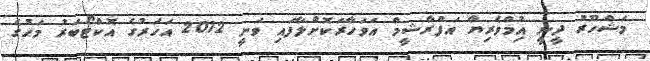
މަޝްހޫރު ދީނީ އިުމްވެރިޔާ އަފްރާޝީމް އަވަހާރަކޮށްލާފައި ވަނީ 2012 އަހަރުގެ އޮކްޓޯބަރު މަހުގެ